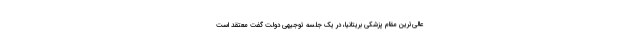
عالی‌ترین مقام پزشکی بریتانیا، در یک جلسه توجیهی دولت گفت معتقد است